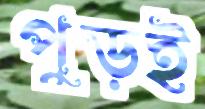
পুড়ই